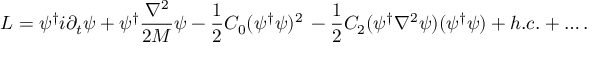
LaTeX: { \cal L } = \psi ^ { \dagger } i \partial _ { t } \psi + \psi ^ { \dagger } \frac { \nabla ^ { 2 } } { 2 M } \psi - \frac { 1 } { 2 } C _ { 0 } ( \psi ^ { \dagger } \psi ) ^ { 2 } \, - \frac { 1 } { 2 } C _ { 2 } ( \psi ^ { \dagger } \nabla ^ { 2 } \psi ) ( \psi ^ { \dagger } \psi ) + h . c . + \ldots .